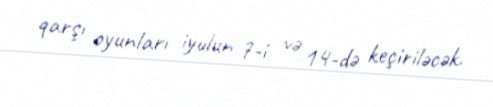
qarşı oyunları iyulun 7-i və 14-də keçiriləcək.